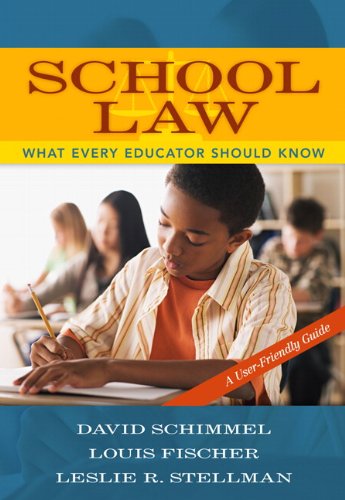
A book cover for School Law: What Every Educator Should Know, A User-Friendly Guide; David Schimmel; Education & Teaching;